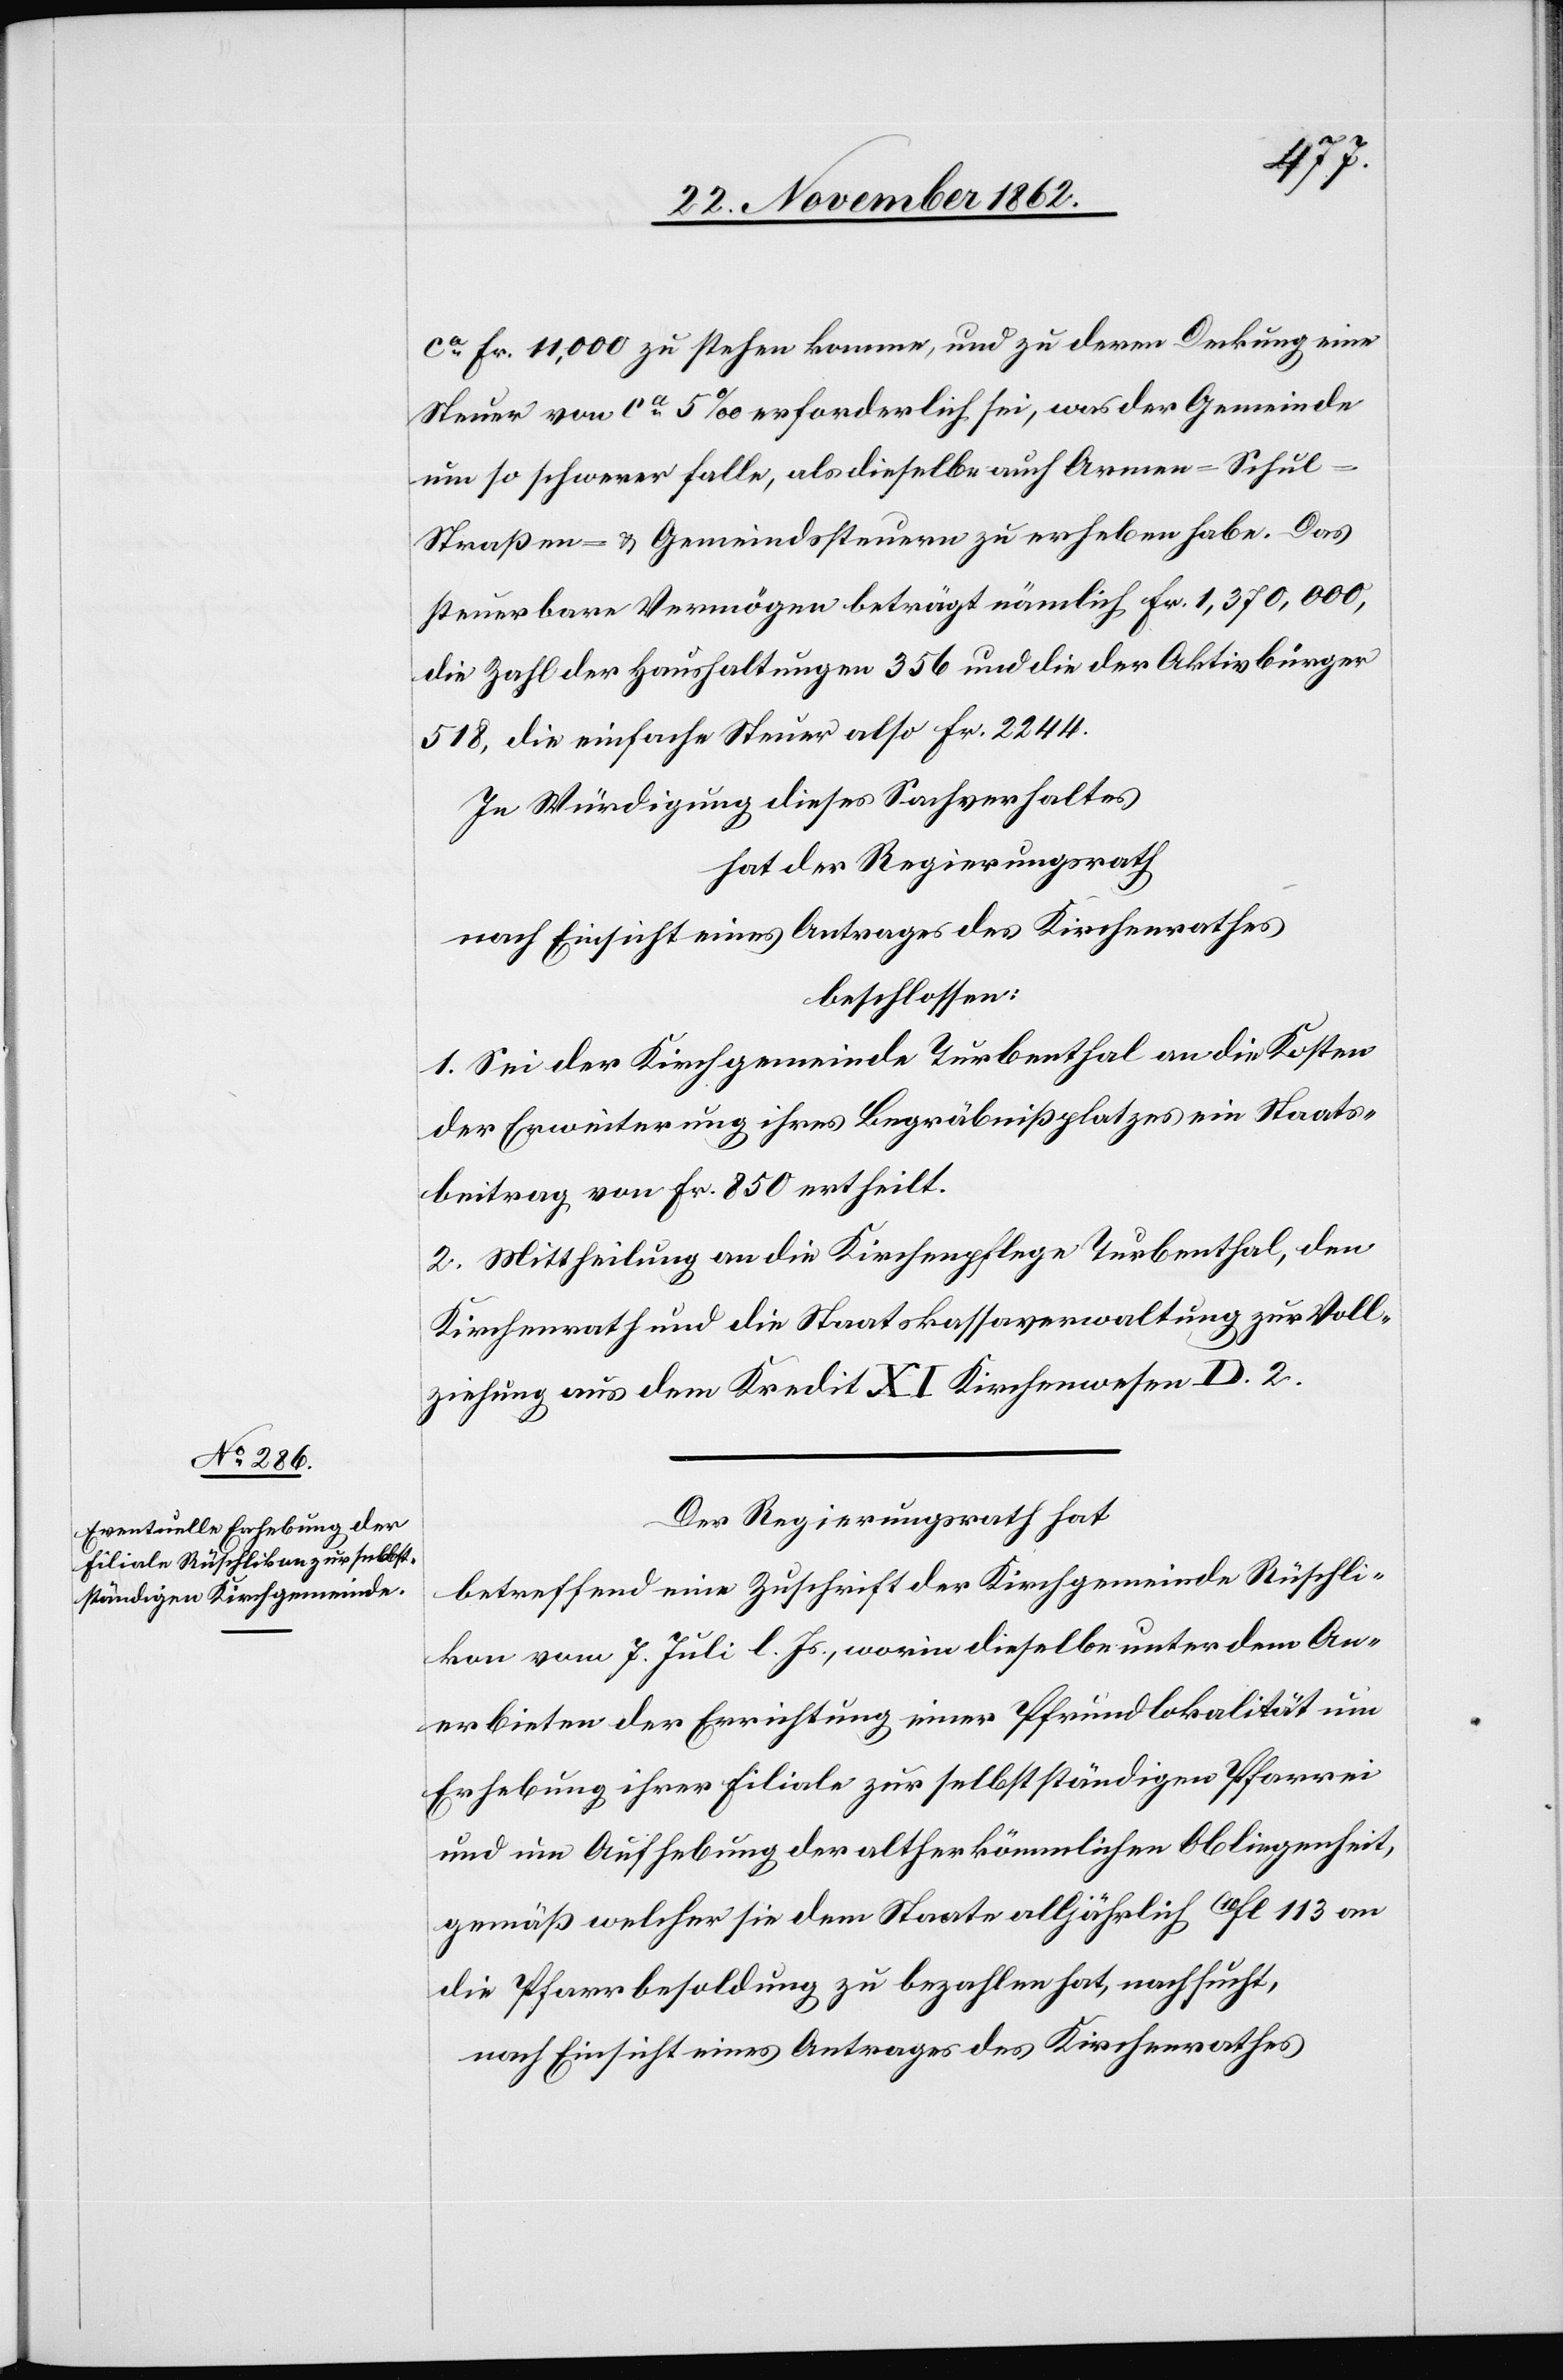
ca Fr. 11,000 zu stehen komme, und zu deren Deckung eine
Steuer von ca 5‰ erforderlich sei, was der Gemeinde
um so schwerer falle, als dieselbe auch Armen- Schul-
Straßen- u. Gemeindssteuern zu erheben habe. Das
steuerbare Vermögen beträgt nämlich Fr. 1,370,000,
die Zahl der Haushaltungen 356 und die der Aktivbürger
518, die einfache Steuer also Fr. 2244.
In Würdigung dieses Sachverhaltes
hat der Regierungsrath
nach Einsicht eines Antrages des Kirchenrathes
beschlossen:
1. Sei der Kirchgemeinde Turbenthal an die Kosten
der Erweiterung ihres Begräbnißplatzes ein Staats¬
beitrag von Fr. 850 ertheilt.
2. Mittheilung an die Kirchenpflege Turbenthal, den
Kirchenrath und die Staatskassaverwaltung zur Voll¬
ziehung aus dem Kredit XI Kirchenwesen D. 2.
Der Regierungsrath hat
betreffend eine Zuschrift der Kirchgemeinde Rüschli¬
kon vom 7. Juli l. Js., worin dieselbe unter dem An¬
erbieten der Errichtung einer Pfrundlokalität um
Erhebung ihrer Filiale zur selbstständigen Pfarrei
und um Aufhebung der altherkömmlichen Obliegenheit,
gemäß welcher sie dem Staate alljährlich 10fl. 113 an
die Pfarrbesoldung zu bezahlen hat, nachsucht,
nach Einsicht eines Antrages des Kirchenrathes